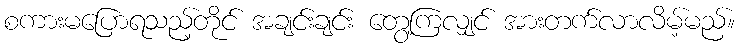
စကားမပြောရသည့်တိုင် အချင်းချင်း တွေ့ကြလျှင် အားတက်လာလိမ့်မည်။